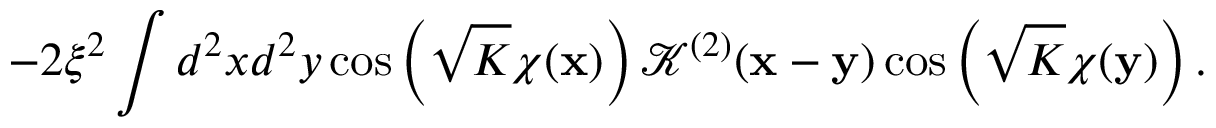
- 2 \xi ^ { 2 } \int d ^ { 2 } x d ^ { 2 } y \cos \left( \sqrt { K } \chi ( { \bf x } ) \right) { \mathcal K } ^ { ( 2 ) } ( { \bf x } - { \bf y } ) \cos \left( \sqrt { K } \chi ( { \bf y } ) \right) .